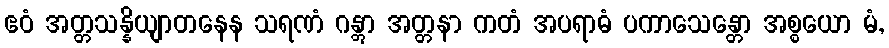
ဧဝံ အတ္တသန္နိယျာတနေန သရဏံ ဂန္တွာ အတ္တနာ ကတံ အပရာဓံ ပကာသေန္တော အစ္စယော မံ,